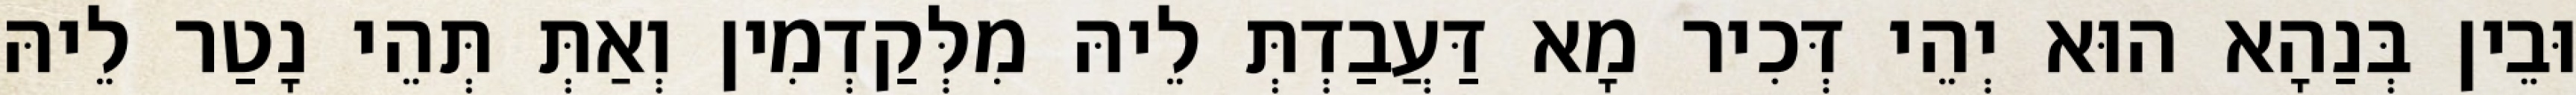
וּבֵין בְּנַהָא הוּא יְהֵי דְּכִיר מָא דַּעֲבַדְתְּ לֵיהּ מִלְּקַדְמִין וְאַתְּ תְּהֵי נָטַר לֵיהּ